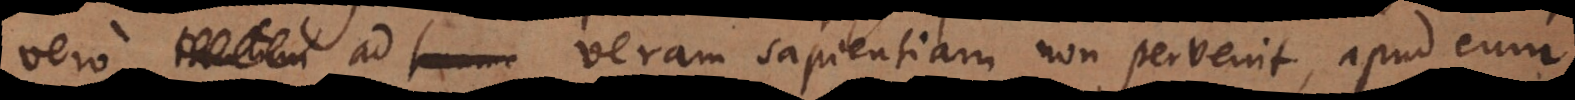
suam veram sapientiam non pervenit, apud eum